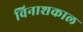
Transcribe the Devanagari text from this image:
विनाशकाल